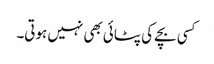
کسی بچے کی پٹائی بھی نہیں ہوتی۔